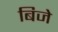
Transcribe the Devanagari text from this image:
बिजे